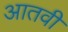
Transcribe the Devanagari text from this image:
आतवी